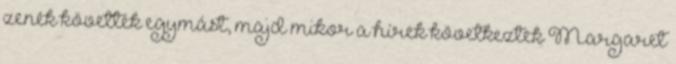
zenék követték egymást, majd mikor a hírek következtek Margaret